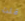
قلت